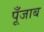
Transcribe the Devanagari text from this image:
पूँजाब